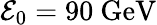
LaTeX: \mathcal{E}_{0}=90\ \mathrm{GeV}